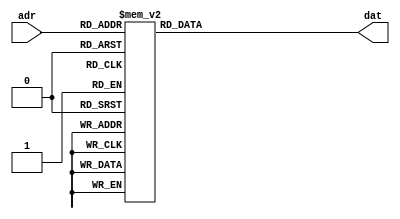
module m_rom(input [3:0] adr, output [7:0] dat);
	reg [7:0] data;
	assign dat=data;
	always @(adr) begin
		case (adr)
			4'h0:	data=8'b11000010;	//G
			4'h1:	data=8'b11000000;	//O
			4'h2: data=8'b11000000; //O
      	4'h3: data=8'b10100001;	//d
      	4'h4: data=8'b10000011;	//b
			4'h5:	data=8'b10010001;	//y
			4'h6:	data=8'b10000110;	//e
      	4'h7: data=8'b11111111; //SP
			4'h8:	data=8'b11000010;	//G
			4'h9:	data=8'b11000000;	//O
			4'ha: data=8'b11000000; //O
      	4'hb: data=8'b10100001;	//d
      	4'hc: data=8'b10000011;	//b
			4'hd:	data=8'b10010001;	//y
			4'he:	data=8'b10000110;	//e
      	4'hf: data=8'b11111111; //SP
			default: data=8'hff;
		endcase 
	end
endmodule